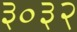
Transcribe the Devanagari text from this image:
३०३२